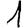
Digit: 1